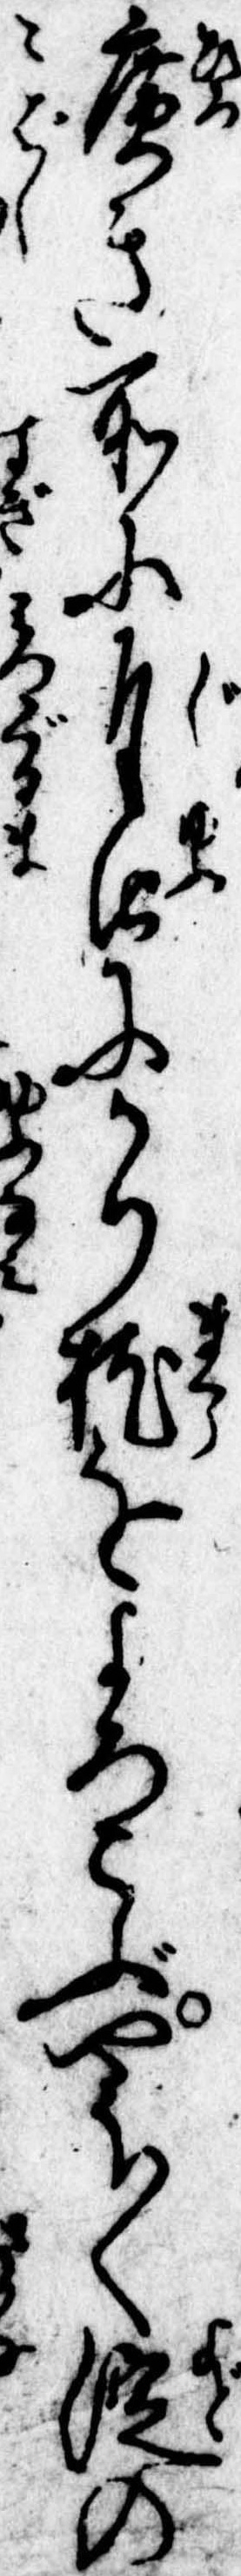
広き所に自由にかり枕をよろこぶやう〱淀の